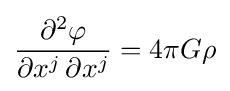
{\partial ^{2}\varphi  \over \partial x^{j}\,\partial x^{j}}=4\pi G\rho